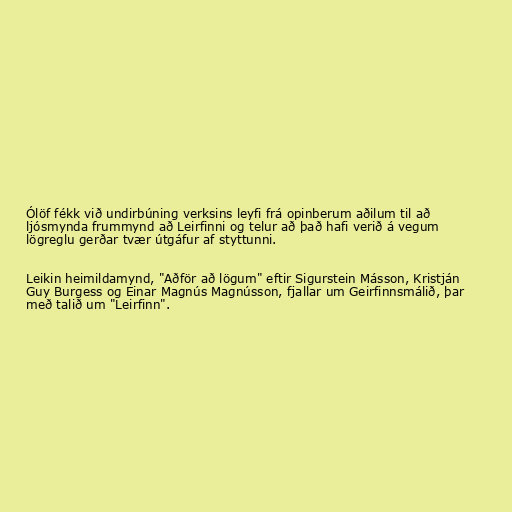
Ólöf fékk við undirbúning verksins leyfi frá opinberum aðilum til að
ljósmynda frummynd að Leirfinni og telur að það hafi verið á vegum
lögreglu gerðar tvær útgáfur af styttunni.

Leikin heimildamynd, "Aðför að lögum" eftir Sigurstein Másson, Kristján
Guy Burgess og Einar Magnús Magnússon, fjallar um Geirfinnsmálið, þar
með talið um "Leirfinn".